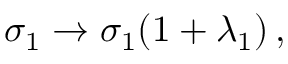
\sigma _ { 1 } \rightarrow \sigma _ { 1 } ( 1 + \lambda _ { 1 } ) \, ,